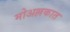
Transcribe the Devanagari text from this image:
मोअल्लकात